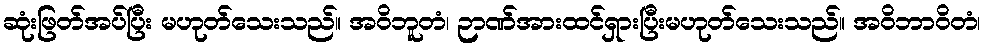
ဆုံးဖြတ်အပ်ပြီး မဟုတ်သေးသည်။ အဝိဘူတံ၊ ဉာဏ်အားထင်ရှားပြီးမဟုတ်သေးသည်။ အဝိဘာဝိတံ၊